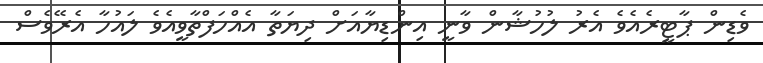
ވެޑިން ޕާޓީރެެއެވެ އެރު ލުހުޝާން ވާނީ އިންޑިޔާއަށް ދިޔަތާ އެއްހަފްތާވީއެވެ ލައުހާ އެރޭވެސް